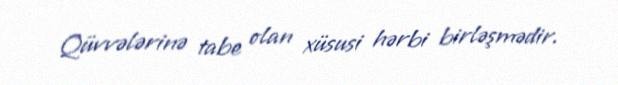
Qüvvələrinə tabe olan xüsusi hərbi birləşmədir.